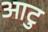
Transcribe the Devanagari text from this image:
आटु